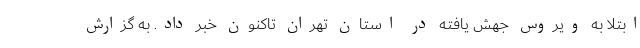
ابتلا به ویروس جهش یافته در استان تهران تاکنون خبر داد. به گزارش